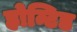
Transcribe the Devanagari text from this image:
होन्टिड